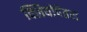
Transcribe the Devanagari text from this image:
क्लियोपेतरा